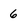
Character: 6